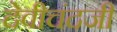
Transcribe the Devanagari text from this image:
देवीचंदजी